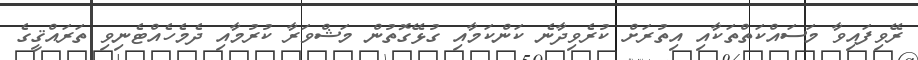
ރޭވިފައިވާ މަސައްކަތްތަކާއި އިތުރަށް ކުރެވިދާނެ ކަންކަމާއި ގުޅޭގޮތުން މަޝްވަރާ ކުރުމާއި ދެމެހެއްޓެނިވި ތަރައްޤީގެ